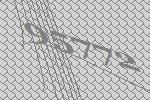
95772